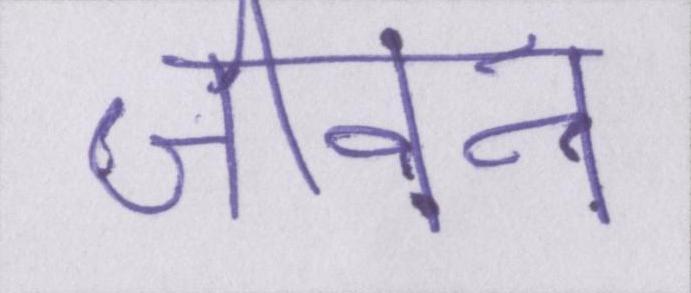
जीवन